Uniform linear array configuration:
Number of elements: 8
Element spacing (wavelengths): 0.75
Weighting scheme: blackman
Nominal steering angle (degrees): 30
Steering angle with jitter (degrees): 29.158
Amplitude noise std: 0.05
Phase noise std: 0.05

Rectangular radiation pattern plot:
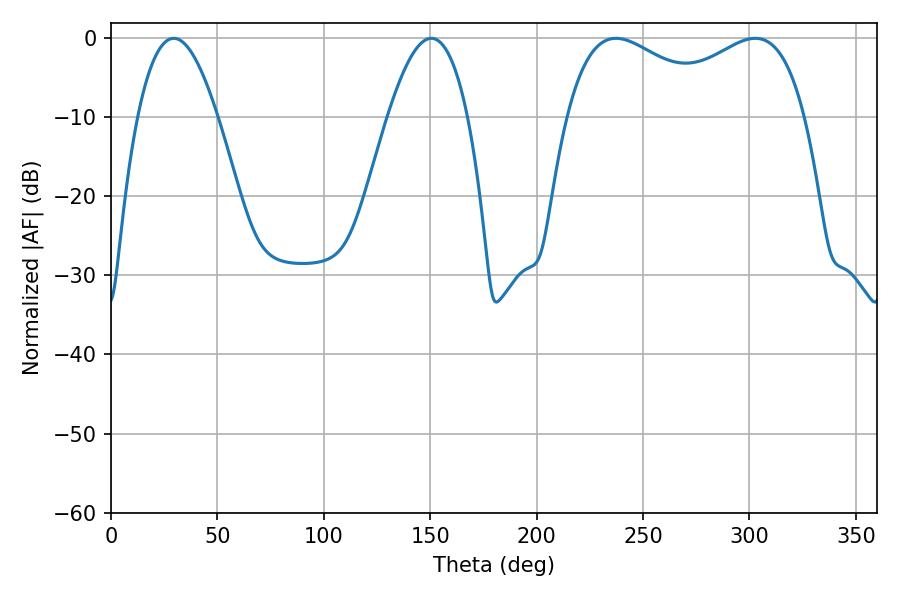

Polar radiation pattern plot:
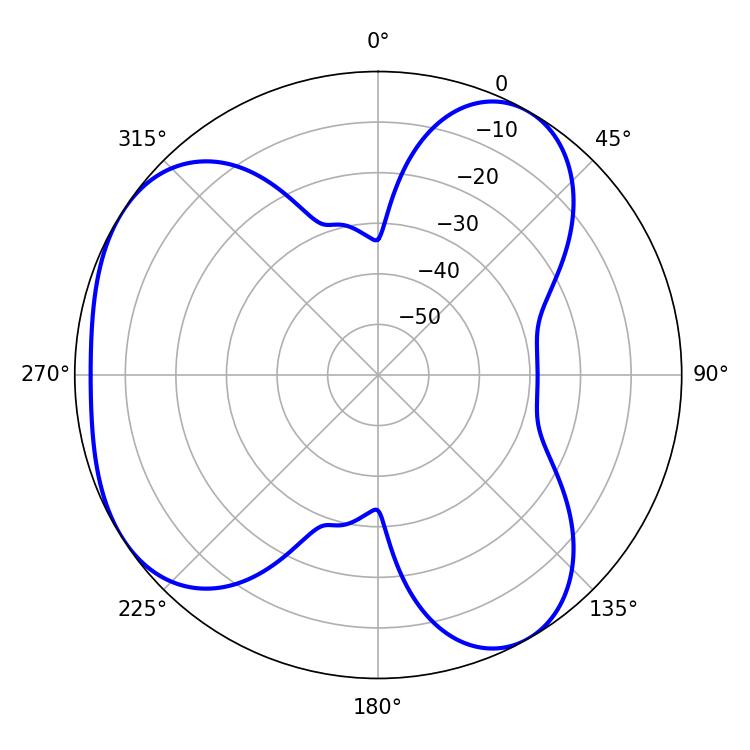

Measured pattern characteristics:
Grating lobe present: TRUE
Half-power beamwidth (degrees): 41.94
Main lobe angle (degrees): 302.76